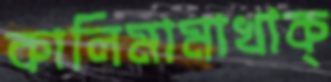
কালিমামাখাক্